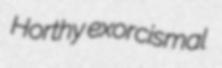
Horthy exorcismal